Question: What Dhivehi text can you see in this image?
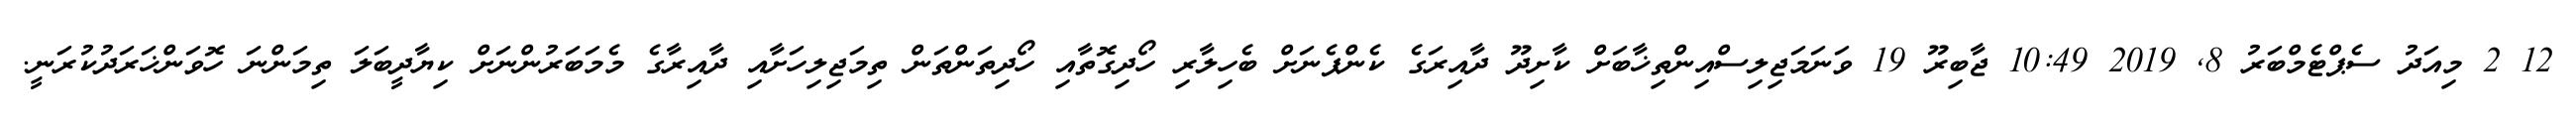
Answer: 12 2 މިއަދު ސެޕްޓެމްބަރު 8, 2019 10:49 ޖާބިރޫ 19 ވަނަމަޖިލިސްއިންތިޚާބަށް ކާށިދޫ ދާއިރަގެ ކެންޕެނަށް ބެހިލާރި ހޯދިގޮތާއި ހޯދިތަންތަން ތިމަޖިލިހަށާއި ދާއިރާގެ މެމަބަރުންނަށް ކިޔާދީބަލަ ތިމަންނަ ހޮވަންޚަރަދުކުރަނީ.